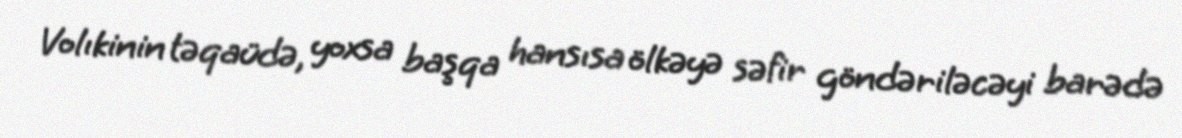
Volıkinin təqaüdə, yoxsa başqa hansısa ölkəyə səfir göndəriləcəyi barədə